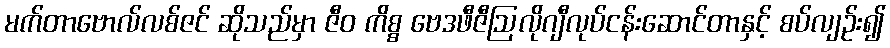
မက်တာဗောလ်လစ်ဇင် ဆိုသည်မှာ ဇီဝ ကိစ္စ ဗေဒဖီဇီဩလိုဂျီလုပ်ငန်းဆောင်တာနှင့် စပ်လျဉ်း၍